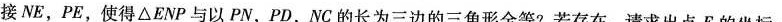
接NE，PE，使得 \triangle ENP与以PN，PD，NC的长为三边的三角形全等?若存在，请求出点E的坐标；